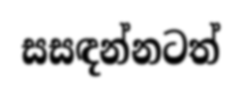
සසඳන්නටත්